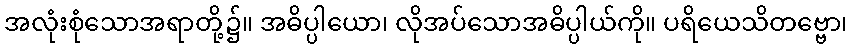
အလုံးစုံသောအရာတို့၌။ အဓိပ္ပါယော၊ လိုအပ်သောအဓိပ္ပါယ်ကို။ ပရိယေသိတဗ္ဗော၊